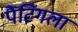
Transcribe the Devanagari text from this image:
पैंटिंगला